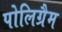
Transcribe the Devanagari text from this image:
पोलिग्रैम